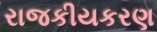
રાજકીયકરણ